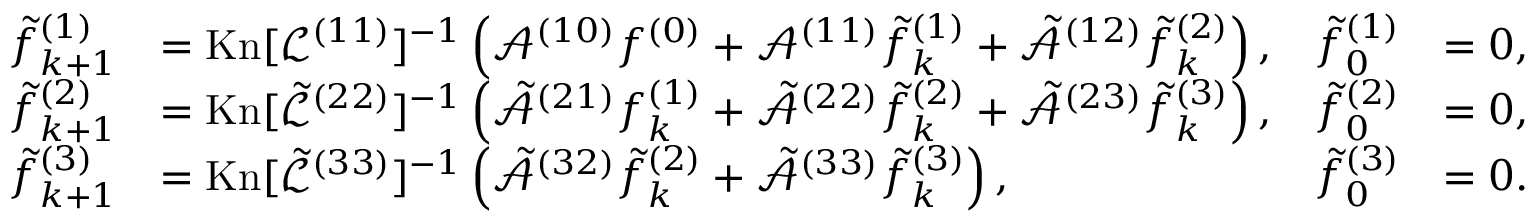
\begin{array} { r l r l } { \tilde { f } _ { k + 1 } ^ { ( 1 ) } } & { = \mathrm { K n } [ \mathcal { L } ^ { ( 1 1 ) } ] ^ { - 1 } \left( \mathcal { A } ^ { ( 1 0 ) } f ^ { ( 0 ) } + \mathcal { A } ^ { ( 1 1 ) } \tilde { f } _ { k } ^ { ( 1 ) } + \tilde { \mathcal { A } } ^ { ( 1 2 ) } \tilde { f } _ { k } ^ { ( 2 ) } \right) , } & { \tilde { f } _ { 0 } ^ { ( 1 ) } } & { = 0 , } \\ { \tilde { f } _ { k + 1 } ^ { ( 2 ) } } & { = \mathrm { K n } [ \tilde { \mathcal { L } } ^ { ( 2 2 ) } ] ^ { - 1 } \left( \tilde { \mathcal { A } } ^ { ( 2 1 ) } f _ { k } ^ { ( 1 ) } + \tilde { \mathcal { A } } ^ { ( 2 2 ) } \tilde { f } _ { k } ^ { ( 2 ) } + \tilde { \mathcal { A } } ^ { ( 2 3 ) } \tilde { f } _ { k } ^ { ( 3 ) } \right) , } & { \tilde { f } _ { 0 } ^ { ( 2 ) } } & { = 0 , } \\ { \tilde { f } _ { k + 1 } ^ { ( 3 ) } } & { = \mathrm { K n } [ \tilde { \mathcal { L } } ^ { ( 3 3 ) } ] ^ { - 1 } \left( \tilde { \mathcal { A } } ^ { ( 3 2 ) } \tilde { f } _ { k } ^ { ( 2 ) } + \tilde { \mathcal { A } } ^ { ( 3 3 ) } \tilde { f } _ { k } ^ { ( 3 ) } \right) , } & { \tilde { f } _ { 0 } ^ { ( 3 ) } } & { = 0 . } \end{array}